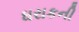
ઘરાકની